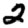
Digit: 2